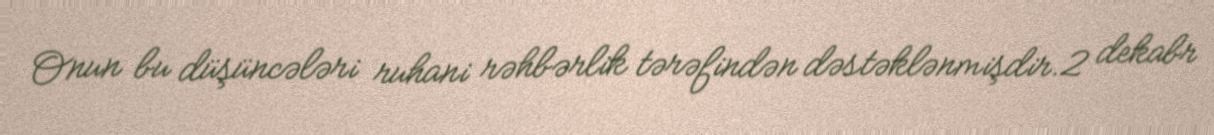
Onun bu düşüncələri ruhani rəhbərlik tərəfindən dəstəklənmişdir.2 dekabr